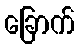
ခြောက်